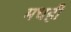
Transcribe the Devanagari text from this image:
मधही